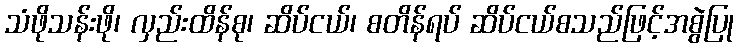
သံဖိုသန်းဖို၊ လှည်းထိန်စု၊ ဆိပ်ငယ်၊ စတိန်ရပ် ဆိပ်ငယ်စသည်ဖြင့်အစွဲပြု